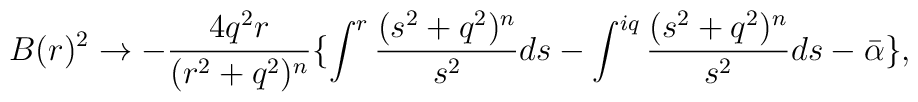
B(r)^2 \rightarrow - \frac{4q^2 r}{(r^2 + q^2)^n} \lbrace\int^{r} \frac{(s^2 + q^2)^n}{s^2} ds - \int^{iq} \frac{(s^2 + q^2)^n}{s^2} ds- \bar{\alpha} \rbrace,